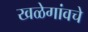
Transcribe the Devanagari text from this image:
खळेगांवचे